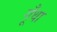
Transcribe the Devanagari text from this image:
गूँथा